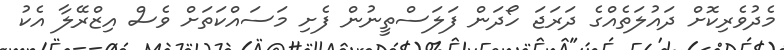
މެދުވެރިކޮށް ދައުލަތެއްގެ ދަރަޖަ ހޯދަން ފަލަސްތީނުން ފެށި މަސައްކަތަށް ވެސް އިޒްރޭލާ އެކު